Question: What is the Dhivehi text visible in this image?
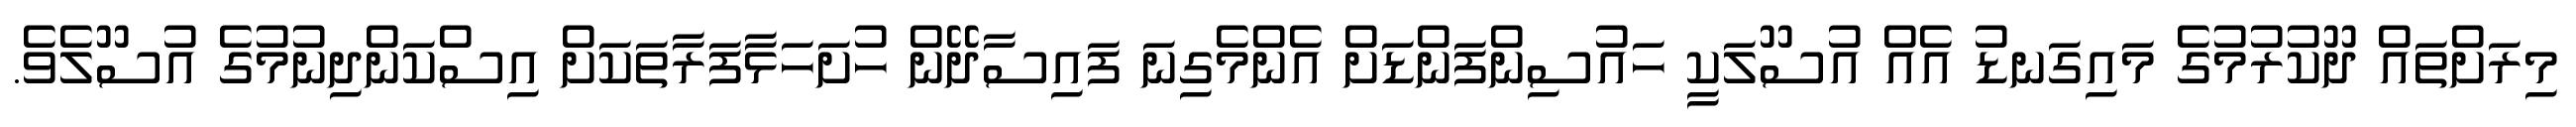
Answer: މިރަށްތައް ދޫކުރުމުގެ މައިގަނޑު އެއް އުސޫލަކީ ހައުސިންފަންޑަށް އެންމެގިނަ ފައިސާދޭން ހުށަހަޅާފަރާތަކަށް އިސްކަންދިނުމުގެ އުސޫލެވެ.